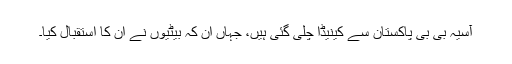
آسیہ بی بی پاکستان سے کینیڈا چلی گئی ہیں، جہاں ان کہ بیٹیوں نے ان کا استقبال کیا۔